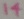
Text: 14